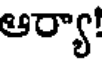
ఆర్యా!